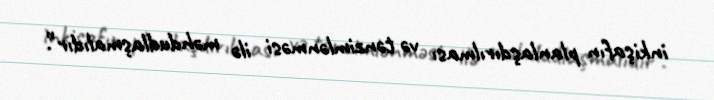
inkişafın planlaşdırılması və tənzimlənməsi ilə məhdudlaşmalıdır”.